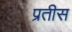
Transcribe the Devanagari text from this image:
प्रतीस